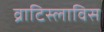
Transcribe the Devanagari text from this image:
व्राटिस्लाविस